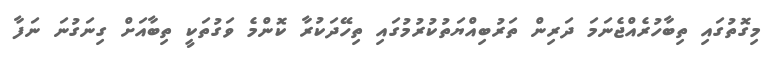
މިގޮތުގައި ތިބާހުރެއްޖެނަމަ ދަރިން ތަރުބިއްޔަތުކުރުމުގައި ތިހޭދަކުރާ ކޮންމެ ވަގުތަކީ ތިބާއަށް ގިނަގުނަ ނަފާ